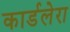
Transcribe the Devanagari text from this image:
कार्डलेरा